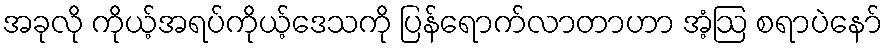
အခုလို ကိုယ့်အရပ်ကိုယ့်ဒေသကို ပြန်ရောက်လာတာဟာ အံ့ဩ စရာပဲနော်